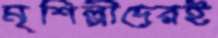
মৃশিল্পীদেরই